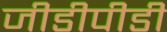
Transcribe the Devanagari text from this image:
जीडीपीडी